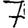
Digit: 7